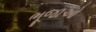
ભૂજાઓ